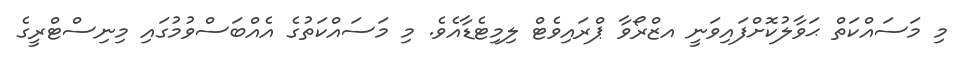
މި މަސައްކަތް ޙަވާލުކޮށްފައިވަނީ އޒްރޯވާ ޕްރައިވެޓް ލިމިޓެޑާއެވެ. މި މަސައްކަތުގެ އެއްބަސްވުމުގައި މިނިސްޓްރީގެ